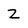
Character: Z